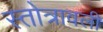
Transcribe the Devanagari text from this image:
स्तोत्रावली